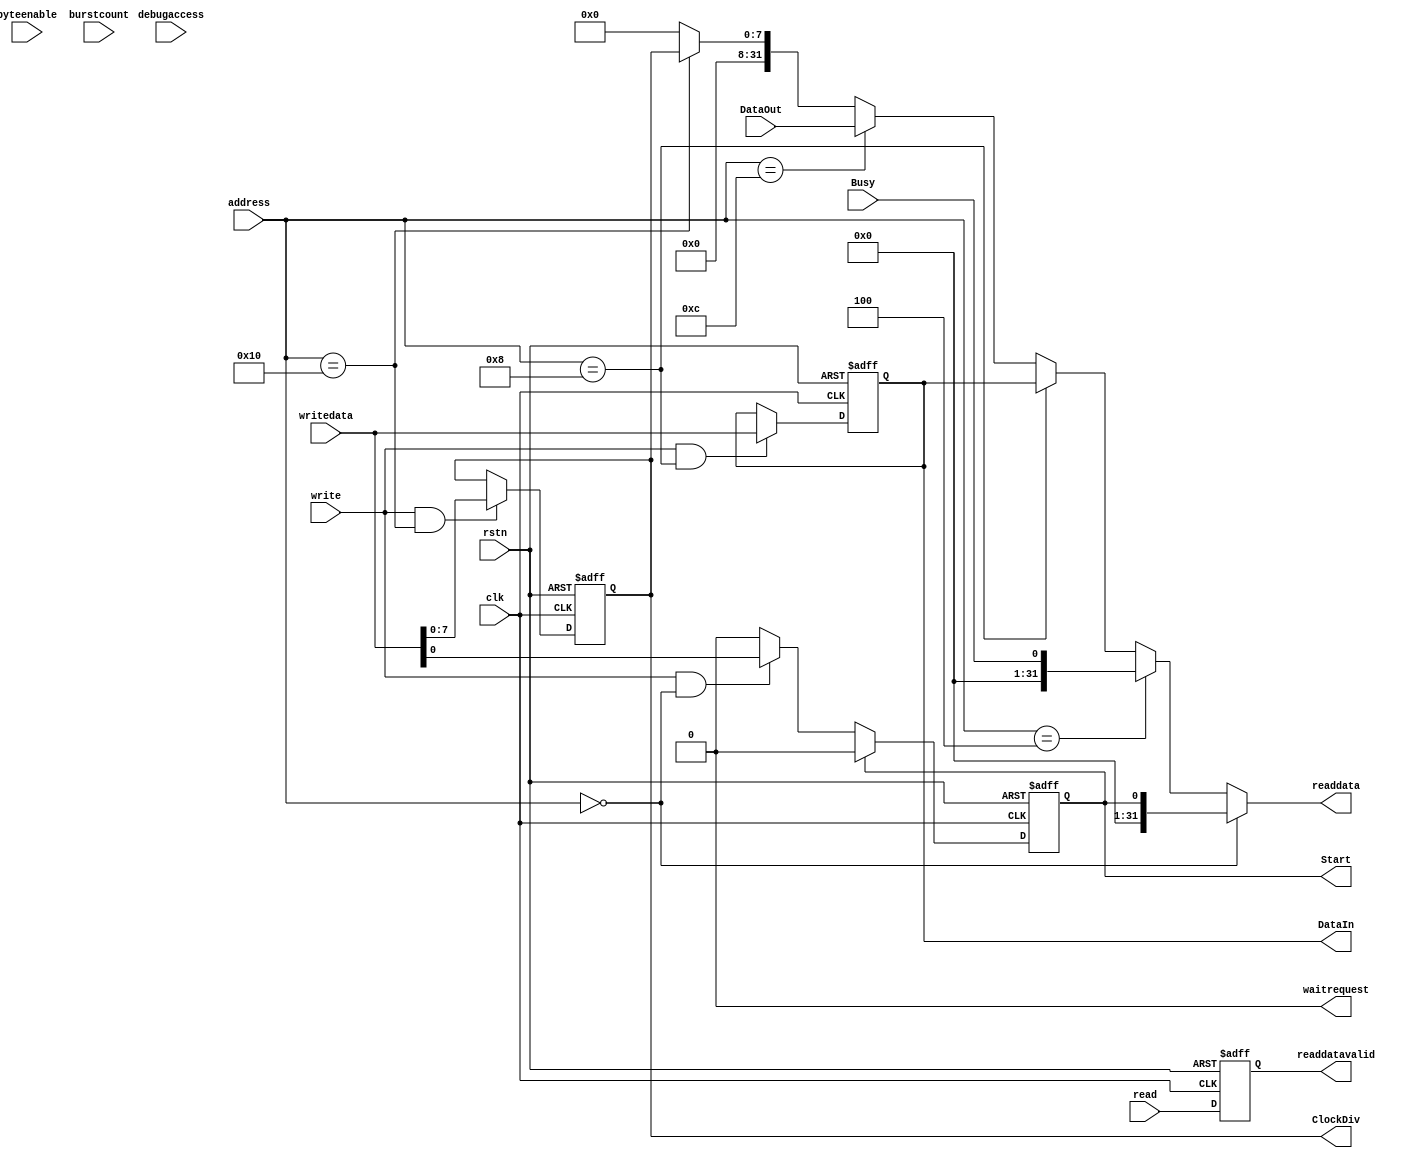
module SPIregisters
(
input clk,
input rstn,

output        waitrequest,     // niosSoc_inst_mm_bridge_0_m0_bfm:avs_waitrequest -> niosSoc_inst:mm_bridge_0_m0_waitrequest
output [31:0] readdata,        // niosSoc_inst_mm_bridge_0_m0_bfm:avs_readdata -> niosSoc_inst:mm_bridge_0_m0_readdata
input         debugaccess,     // niosSoc_inst:mm_bridge_0_m0_debugaccess -> niosSoc_inst_mm_bridge_0_m0_bfm:avs_debugaccess
input  [5:0]  address,         // niosSoc_inst:mm_bridge_0_m0_address -> niosSoc_inst_mm_bridge_0_m0_bfm:avs_address
input         read,            // niosSoc_inst:mm_bridge_0_m0_read -> niosSoc_inst_mm_bridge_0_m0_bfm:avs_read
input  [3:0]  byteenable,      // niosSoc_inst:mm_bridge_0_m0_byteenable -> niosSoc_inst_mm_bridge_0_m0_bfm:avs_byteenable
output        readdatavalid,   // niosSoc_inst_mm_bridge_0_m0_bfm:avs_readdatavalid -> niosSoc_inst:mm_bridge_0_m0_readdatavalid
input  [31:0] writedata,       // niosSoc_inst:mm_bridge_0_m0_writedata -> niosSoc_inst_mm_bridge_0_m0_bfm:avs_writedata
input         write,           // niosSoc_inst:mm_bridge_0_m0_write -> niosSoc_inst_mm_bridge_0_m0_bfm:avs_write
input  [0:0]  burstcount,      // niosSoc_inst:mm_bridge_0_m0_burstcount -> niosSoc_inst_mm_bridge_0_m0_bfm:avs_burstcount

output [7:0]  ClockDiv,
output        Start,
output [31:0] DataIn,
input         Busy,
input  [31:0] DataOut

);


reg         Reg_Start   ;
reg  [31:0] Reg_DataIn  ;
reg  [7:0]  Reg_ClockDiv;
	
	
always @(posedge clk or negedge rstn)
	if (!rstn) Reg_Start <= 1'b0;
	 else if (Reg_Start) Reg_Start <= 1'b0;
	 else if (write && (address[5:0] == 6'h00)) Reg_Start <= writedata[0:0];

always @(posedge clk or negedge rstn)
	if (!rstn) Reg_DataIn <= 32'h00000000;
	 else if (write && (address[5:0] == 6'h08)) Reg_DataIn <= writedata;

always @(posedge clk or negedge rstn)
	if (!rstn) Reg_ClockDiv <= 8'h00;
	 else if (write && (address[5:0] == 6'h10)) Reg_ClockDiv <= writedata[7:0];
	 
	
assign readdata = (address[5:0] == 6'h00) ? {31'h00000000,Reg_Start} :	
                  (address[5:0] == 6'h04) ? {31'h00000000,Busy}      :	
                  (address[5:0] == 6'h08) ? {Reg_DataIn}             :	
                  (address[5:0] == 6'h0c) ? {DataOut}                :	
                  (address[5:0] == 6'h10) ? {24'h000000,Reg_ClockDiv}:	32'h00000000;


reg RegValid;
always @(posedge clk or negedge rstn)
	if (!rstn) RegValid <= 1'b0;
	 else RegValid <= read;
	 
assign readdatavalid = RegValid;
assign waitrequest = 1'b0;
						
assign ClockDiv = Reg_ClockDiv;
assign Start    = Reg_Start   ;
assign DataIn   = Reg_DataIn  ;

	
endmodule